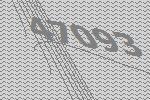
47093